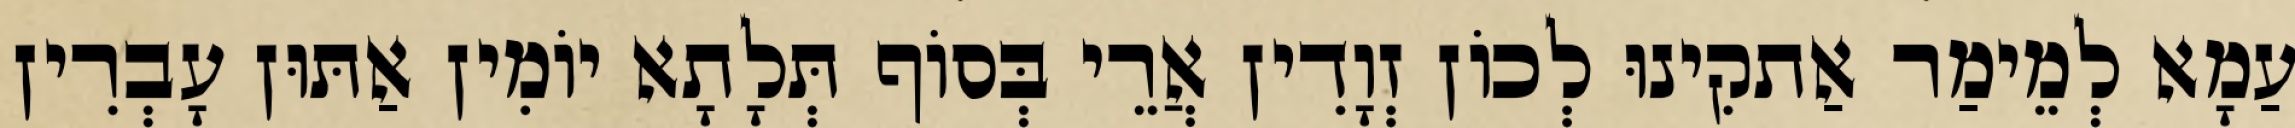
עַמָא לְמֵימַר אַתקִינוּ לְכוֹן זְוָדִין אֲרֵי בְּסוֹף תְּלָתָא יוֹמִין אַתּוּן עָבְרִין